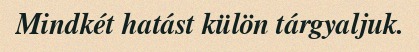
Mindkét hatást külön tárgyaljuk.